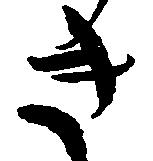
き